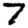
Digit: 7